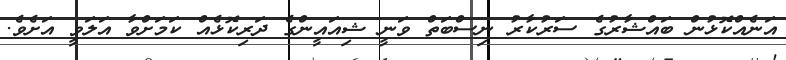
އަނެއްކޮޅުން ބައްޝާރުގެ ސަރުކާރު ނިސްބަތް ވަނީ ޝިއައީންގެ ދަރިކޮޅެއް ކަމަށްވާ އަލަވީ އަށެވެ.